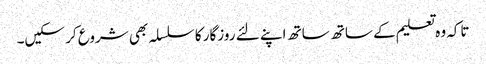
تاکہ وہ تعلیم کے ساتھ ساتھ اپنے لئے روزگار کا سلسلہ بھی شروع کر سکیں۔